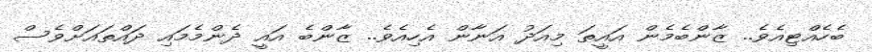
ބެހެއްޓިއެވެ.. ޒާންބެމެން އައީތަ މިއަދު އަނާން އެހިއެވެ.. ޒާންބެ އައީ ދެންމެމައި ދައްތައަށްވެސް